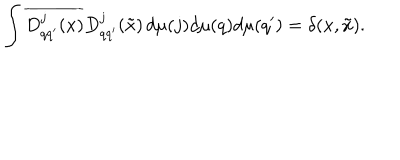
LaTeX: \int \overline { { { D _ { q q ^ { \prime } } ^ { j } ( x ) } } } D _ { q q ^ { \prime } } ^ { j } ( \tilde { x } ) \, d \mu ( j ) d \mu ( q ) d \mu ( q ^ { \prime } ) = \delta ( x , \tilde { x } ) .